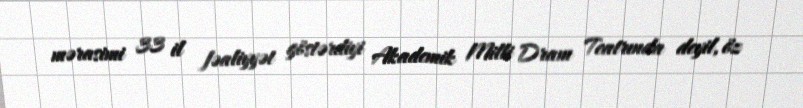
mərasimi 33 il fəaliyyət göstərdiyi Akademik Milli Dram Teatrında deyil, öz